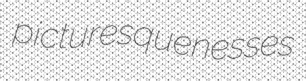
picturesquenesses